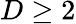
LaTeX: D\geq 2